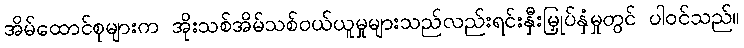
အိမ်ထောင်စုများက အိုးသစ်အိမ်သစ်ဝယ်ယူမှုများသည်လည်းရင်းနှီးမြှုပ်နှံမှုတွင် ပါဝင်သည်။